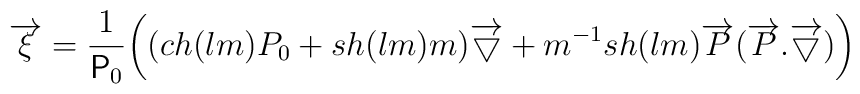
\overrightarrow{\xi}= \frac{1}{\textsf{P}_0}\biggl((ch(lm)P_0+sh(lm)m)\overrightarrow{\bigtriangledown} +m^{-1}sh(lm) \overrightarrow{P}(\overrightarrow{P}.\overrightarrow{\bigtriangledown})\biggr)